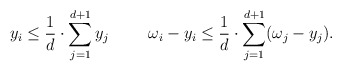
\begin{align*}y_i\le \frac{1}{d}\cdot\sum_{j=1}^{d+1}y_j \hskip 5mm \hskip 5mm \omega_i-y_i\le \frac{1}{d}\cdot\sum_{j=1}^{d+1} (\omega_j-y_j). \end{align*}